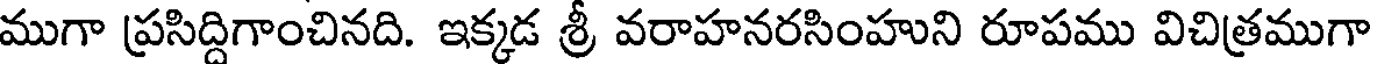
ముగా ప్రసిద్దిగాంచినది. ఇక్కడ శ్రీ వరాహనరసింహుని రూపము విచిత్రముగా